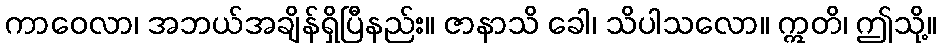
ကာဝေလာ၊ အဘယ်အချိန်ရှိပြီနည်း။ ဇာနာသိ ခေါ၊ သိပါသလော။ ဣတိ၊ ဤသို့။